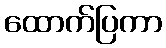
ထောက်ပြကာ